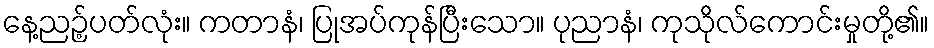
နေ့ညဉ့်ပတ်လုံး။ ကတာနံ၊ ပြုအပ်ကုန်ပြီးသော။ ပုညာနံ၊ ကုသိုလ်ကောင်းမှုတို့၏။